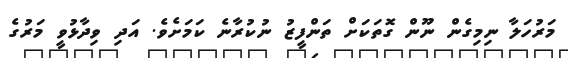
މަރުހަލާ ނިމިގެން ނޫން ގޮތަކަށް ތަންފީޒު ނުކުރާނެ ކަމަށެވެ. އަދި ވިދާޅުވީ މަރުގެ